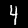
Label: 4